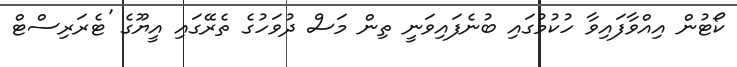
ކޯޓުން އިއްވާފައިވާ ހުކުމުގައި ބުނެފައިވަނީ ތިން މަސް ދުވަހުގެ ތެރޭގައި އީޔޫގެ 'ޓެރަރިސްޓް